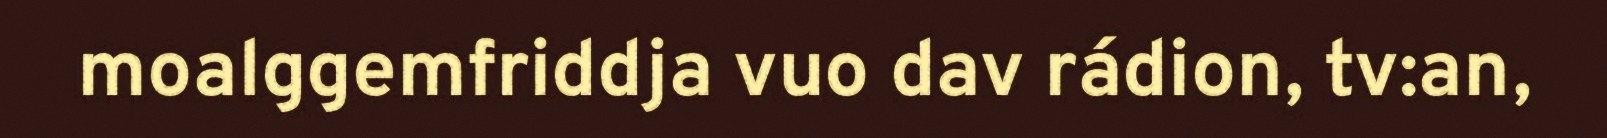
moalggemfriddja vuo dav rádion, tv:an,